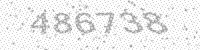
Solution: 486738